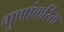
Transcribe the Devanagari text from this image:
गुणांकरिता